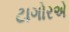
ટાગોરએ